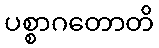
ပစ္စာဂတောတိ